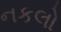
નકલો